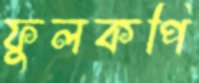
ফুলকপি